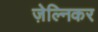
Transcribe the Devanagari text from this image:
ज़ेल्निकर